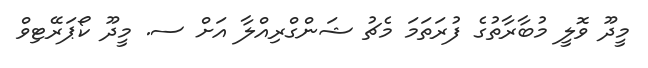
މީދޫ ވޮލީ މުބާރާތުގެ ފުރަތަމަ މެޗު ޝަންގްރިއްލާ އަށް ސ. މީދޫ ކޯޕަރޭޓިވް